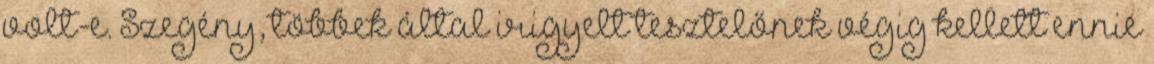
volt-e. Szegény, többek által irigyelt tesztelőnek végig kellett ennie